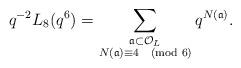
LaTeX: \begin{align*} q^{-2} L_{8}(q^{6}) = \sum_{\substack{\frak{a} \subset \mathcal{O}_{L} \\ N(\frak{a}) \equiv 4 \pmod{6}}} q^{N(\frak{a})}.\end{align*}